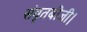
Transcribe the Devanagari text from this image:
संवृतबीजी।